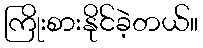
ကြိုးစားနိုင်ခဲ့တယ်။